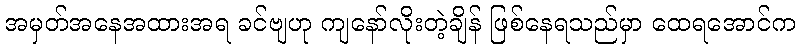
အမှတ်အနေအထားအရ ခင်ဗျဟု ကျနော်လိုးတဲ့ချိန် ဖြစ်နေရသည်မှာ ထေရအောင်က